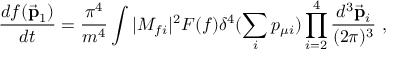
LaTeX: \frac { d f ( \vec { { \bf p } } _ { 1 } ) } { d t } = \frac { \pi ^ { 4 } } { m ^ { 4 } } \int | M _ { f i } | ^ { 2 } F ( f ) \delta ^ { 4 } ( \sum _ { i } p _ { \mu i } ) \prod _ { i = 2 } ^ { 4 } \frac { d ^ { 3 } \vec { { \bf p } } _ { i } } { ( 2 \pi ) ^ { 3 } } ~ ,